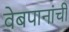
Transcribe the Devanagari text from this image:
वेबपानांची